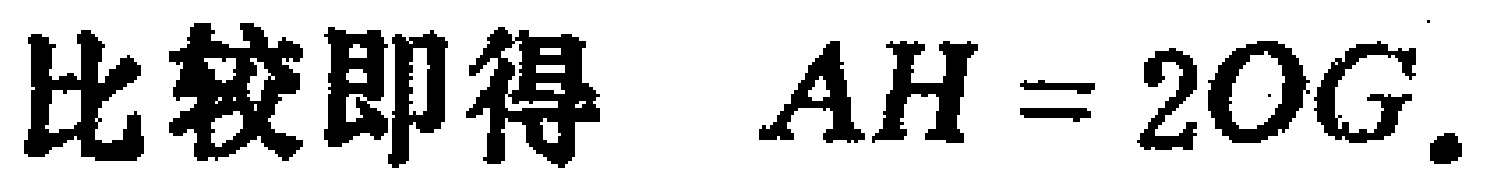
比较即得 \(AH = 2OG.\)